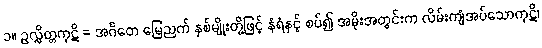
၁။ ဥလ္လိတ္တကုဋိ = အင်္ဂတေ မြေညက် နှစ်မျိုးတို့ဖြင့် နံရံနှင့် စပ်၍ အမိုးအတွင်းက လိမ်းကျံအပ်သောကုဋိ၊